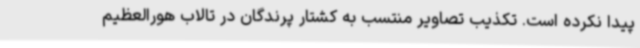
پیدا نکرده است. تکذیب تصاویر منتسب به کشتار پرندگان در تالاب هورالعظیم